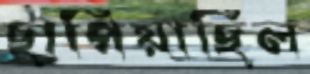
ছাপিয়াছিল